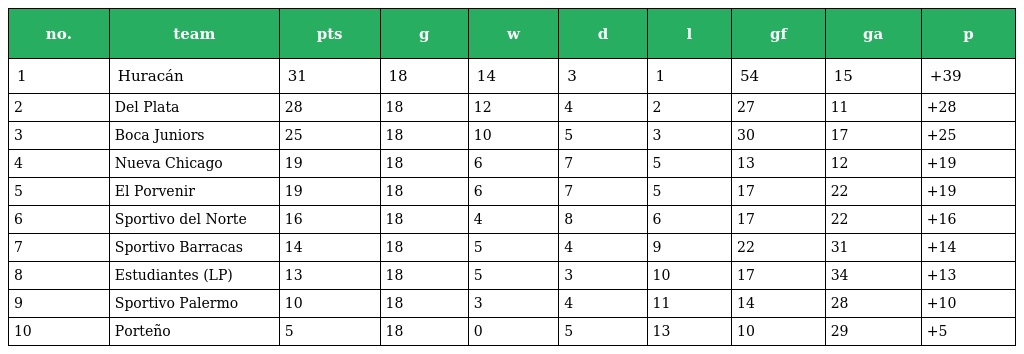
| no. | team | pts | g | w | d | l | gf | ga | p |
 | --- | --- | --- | --- | --- | --- | --- | --- | --- | --- |
 | 1 | Huracán | 31 | 18 | 14 | 3 | 1 | 54 | 15 | +39 |
 | 2 | Del Plata | 28 | 18 | 12 | 4 | 2 | 27 | 11 | +28 |
 | 3 | Boca Juniors | 25 | 18 | 10 | 5 | 3 | 30 | 17 | +25 |
 | 4 | Nueva Chicago | 19 | 18 | 6 | 7 | 5 | 13 | 12 | +19 |
 | 5 | El Porvenir | 19 | 18 | 6 | 7 | 5 | 17 | 22 | +19 |
 | 6 | Sportivo del Norte | 16 | 18 | 4 | 8 | 6 | 17 | 22 | +16 |
 | 7 | Sportivo Barracas | 14 | 18 | 5 | 4 | 9 | 22 | 31 | +14 |
 | 8 | Estudiantes (LP) | 13 | 18 | 5 | 3 | 10 | 17 | 34 | +13 |
 | 9 | Sportivo Palermo | 10 | 18 | 3 | 4 | 11 | 14 | 28 | +10 |
 | 10 | Porteño | 5 | 18 | 0 | 5 | 13 | 10 | 29 | +5 |